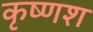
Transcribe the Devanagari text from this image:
कृष्णश